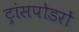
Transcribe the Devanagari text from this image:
ट्रांसपोडरों